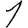
Digit: 1